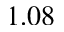
1 . 0 8